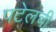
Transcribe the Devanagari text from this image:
पटेलची